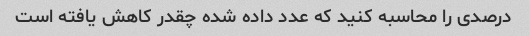
درصدی را محاسبه کنید که عدد داده شده چقدر کاهش یافته است